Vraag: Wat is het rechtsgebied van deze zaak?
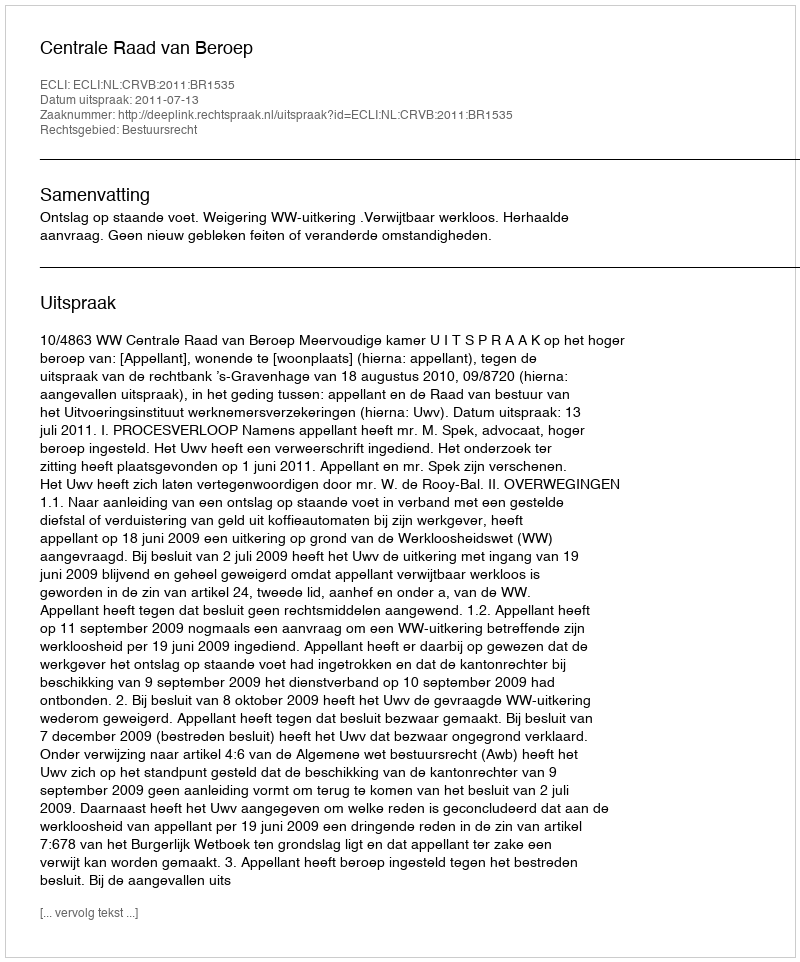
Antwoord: Bestuursrecht